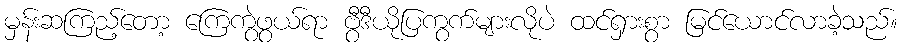
မှန်းဆကြည့်တော့ ကြေကွဲဖွယ်ရာ ဗွီဒီယိုပြကွက်များလိုပဲ ထင်ရှားစွာ မြင်ယောင်လာခဲ့သည်။